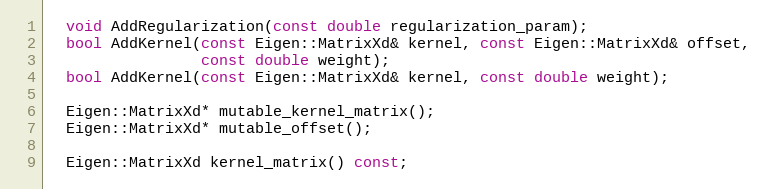
Language: C
  void AddRegularization(const double regularization_param);
  bool AddKernel(const Eigen::MatrixXd& kernel, const Eigen::MatrixXd& offset,
                 const double weight);
  bool AddKernel(const Eigen::MatrixXd& kernel, const double weight);

  Eigen::MatrixXd* mutable_kernel_matrix();
  Eigen::MatrixXd* mutable_offset();

  Eigen::MatrixXd kernel_matrix() const;